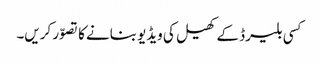
کسی بلیرڈ کے کھیل کی ویڈیو بنانے کا تصوّر کریں۔